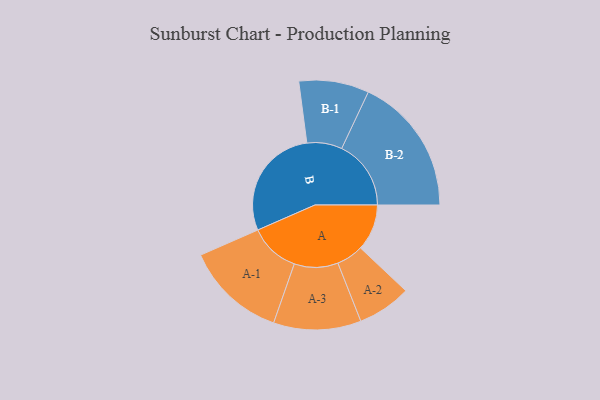
{"axis": {"x": "Segment", "y": "Value"}, "legend": ["", "A", "B"], "data": [{"x": "A", "y": 176, "type": ""}, {"x": "B", "y": 431, "type": ""}, {"x": "A-1", "y": 191, "type": "A"}, {"x": "A-2", "y": 102, "type": "A"}, {"x": "A-3", "y": 166, "type": "A"}, {"x": "B-1", "y": 133, "type": "B"}, {"x": "B-2", "y": 263, "type": "B"}]}